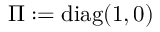
\boldsymbol { \Pi } : = \mathrm { d i a g } ( 1 , 0 )